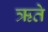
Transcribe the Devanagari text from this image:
ऋते